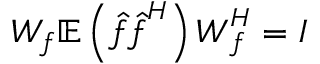
\boldsymbol { W _ { f } } \mathbb { E } \left( \boldsymbol { \hat { f } } \boldsymbol { \hat { f } } ^ { H } \right) \boldsymbol { W } _ { \boldsymbol { f } } ^ { H } = \boldsymbol { I }